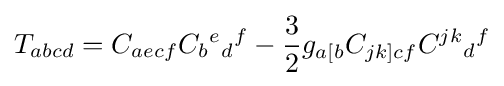
T_{abcd}=C_{aecf}C_{b}{}^{e}{}_{d}{}^{f}-{\frac {3}{2}}g_{a[b}C_{jk]cf}C^{jk}{}_{d}{}^{f}